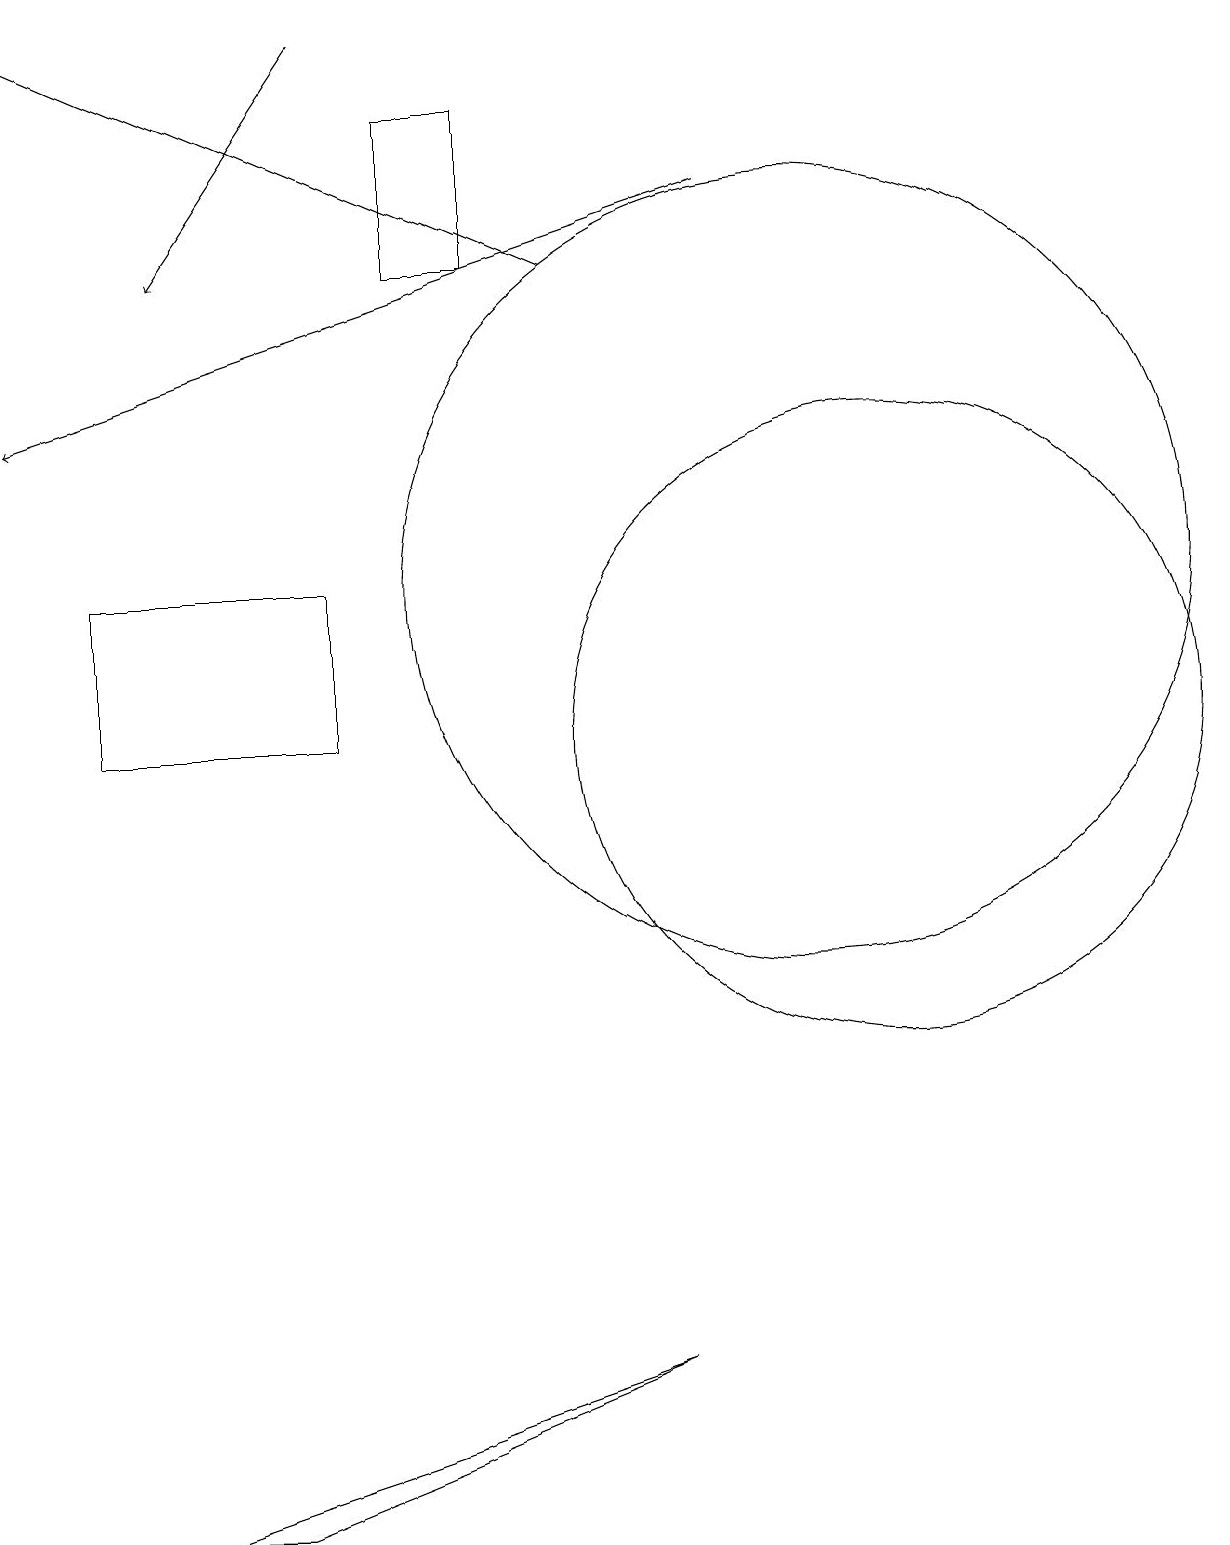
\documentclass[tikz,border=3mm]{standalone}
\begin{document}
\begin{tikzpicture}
\draw (4,12) rectangle (1,10);
\draw (2,0) -- (8,2) -- (3,0) -- cycle;
\draw[->] (9,17) -- (0,14);
\draw (11,10) circle (4);
\draw[->] (7,16) -- (0,19);
\draw (10,12) circle (5);
\draw[->] (4,19) -- (2,16);
\draw (5,16) rectangle (6,18);
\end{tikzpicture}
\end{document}